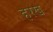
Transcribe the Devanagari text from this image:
हरख